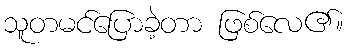
သူတမင်ပြောခဲ့တာ ဖြစ်လေ၏။